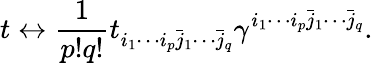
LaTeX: t\leftrightarrow\frac{1}{p!q!}t_{i_{1}\cdots i_{p}\bar{j}_{1}\cdots\bar{j}_{q}}\gamma^{i_{1}\cdots i_{p}\bar{j}_{1}\cdots\bar{j}_{q}}.